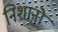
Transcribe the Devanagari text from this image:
निशानॊं